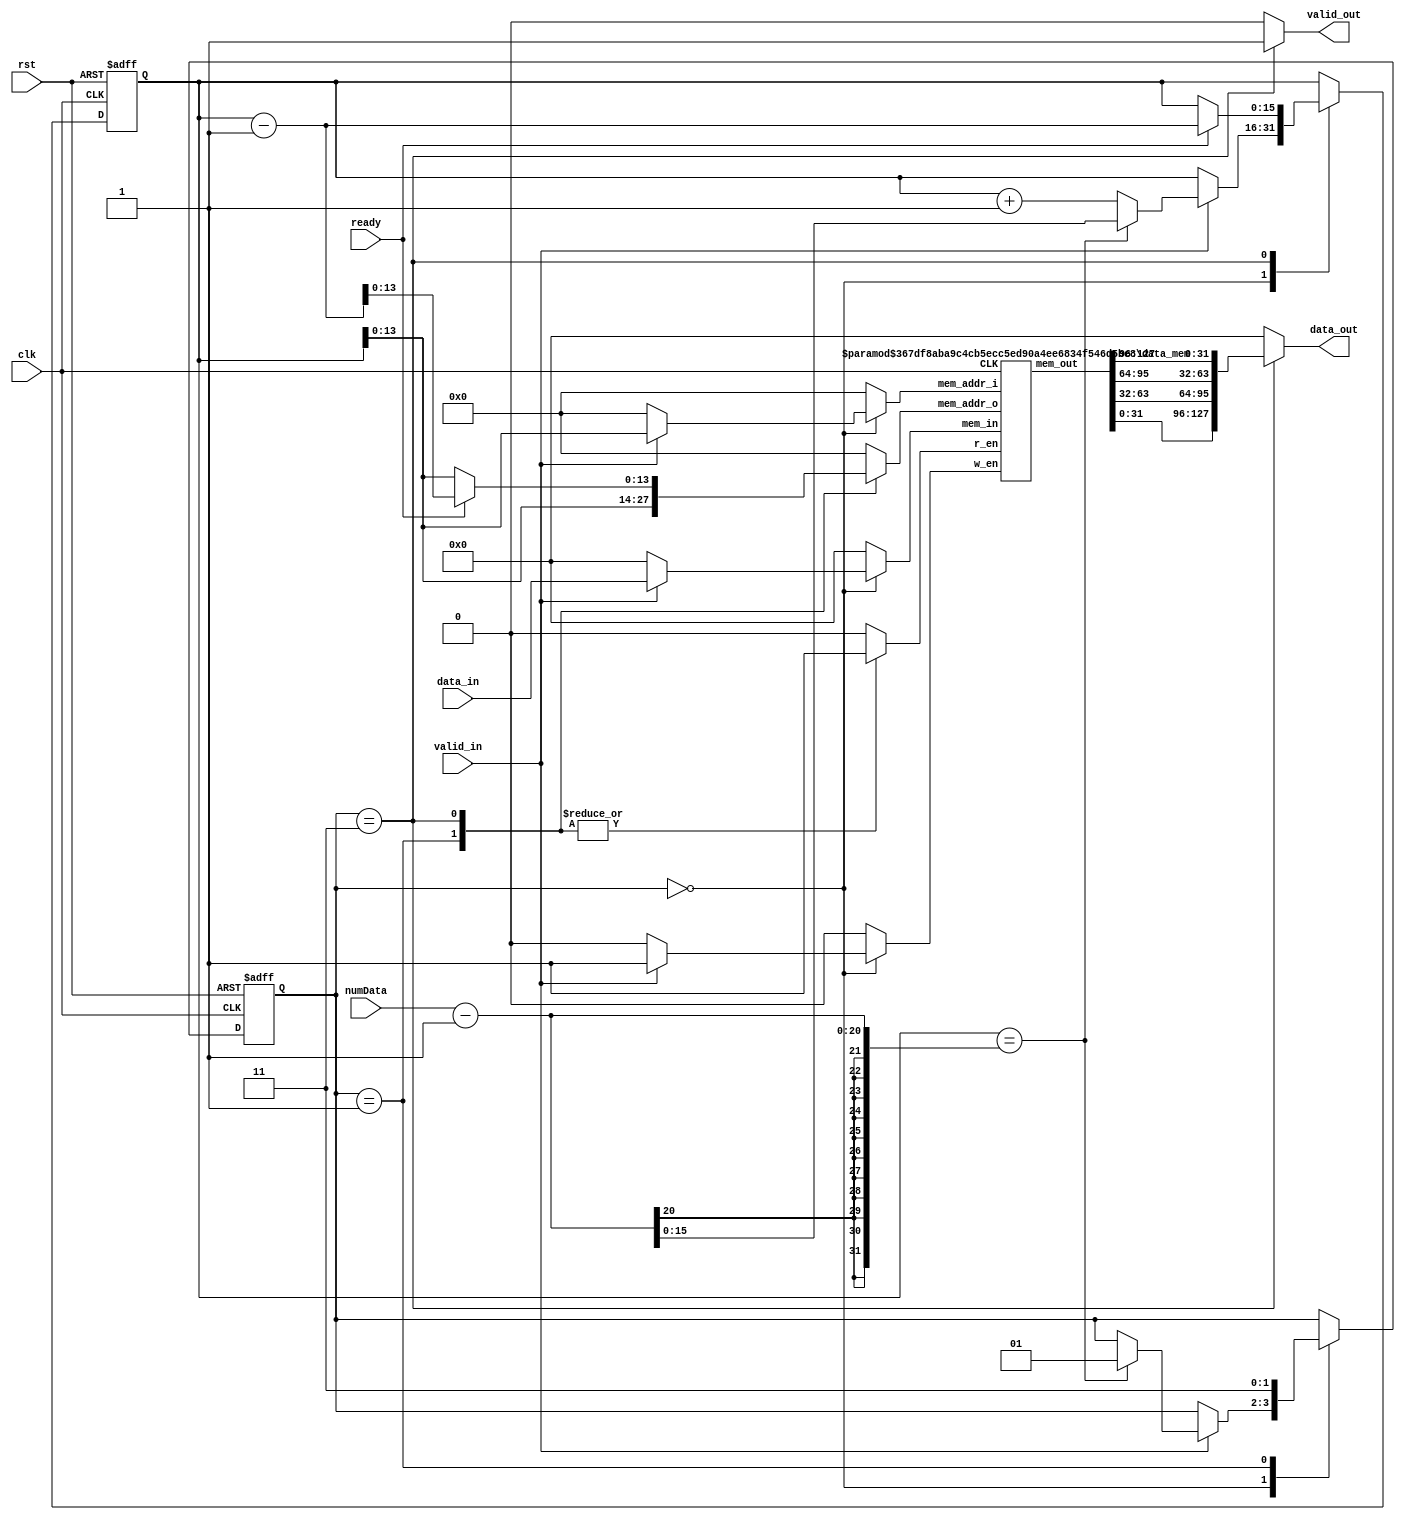
module bram_wrapper(clk, rst, data_in, valid_in, numData, data_out, valid_out, ready);

  /* ============================================ */
    input           	clk;
    input           	rst;
    input  [127:0]		data_in;
    input   		  	valid_in;
	input  [19:0]		numData;
    input   		  	ready;

    output reg [127:0]	data_out;
	output reg 			valid_out;
	  
	parameter NUM_OF_PAT = 65536/4;
	parameter MEM_ADDR_WIDTH = $clog2(NUM_OF_PAT);
	  
	parameter RECI = 2'b00;
	parameter TRAN = 2'b01;
	parameter SEND = 2'b11;
	  
	  
	reg  						UX_r_en;
	reg  [MEM_ADDR_WIDTH-1:0]	UX_in_addr;		//write in
	reg  [MEM_ADDR_WIDTH-1:0]	UX_out_addr;	//read out
	reg  					 	UX_w_en;
	reg  [127:0]  				UX_in;
	wire [127:0]  				UX_out;

    reg  [1:0]	state, state_nxt;
	reg [MEM_ADDR_WIDTH+1:0]	counter,  counter_nxt;
	reg [MEM_ADDR_WIDTH:0]		store_counter, store_counter_nxt;

  /* ============================================ */
    always@(*) begin
		UX_r_en   = 0;
		UX_in_addr  = 0;
		UX_out_addr = 0;
		UX_w_en   = 0;
		UX_in  = 128'd0;
		state_nxt = state;
		counter_nxt = counter;
		store_counter_nxt= store_counter;
		valid_out = 0;
		data_out  = 0;
		case(state)
			RECI: begin
				if(valid_in) begin
					counter_nxt = counter+1;
					UX_w_en = 1'b1;	//first (NUM_OF_PAT) data : a
					UX_in_addr = counter[MEM_ADDR_WIDTH-1:0];
					UX_in = data_in;
					if(counter==(numData-1)) begin
						state_nxt   = TRAN;
						counter_nxt = numData-1;
						//read from block RAM (for tran)
					end
				end
			end
			TRAN: begin
				UX_r_en     = 1;
				UX_out_addr = counter;
				state_nxt = SEND;
			end
			SEND: begin
				valid_out = 1;
				data_out  = {UX_out[31:0], UX_out[63:32], UX_out[95:64], UX_out[127:96]};
				//read from block RAM (for send)
				UX_r_en     = 1;
				UX_out_addr = counter[MEM_ADDR_WIDTH-1:0];
				if(ready) begin
					counter_nxt = counter-1;
					UX_out_addr = counter_nxt[MEM_ADDR_WIDTH-1:0];
				end
			end
        endcase
    end

  /* ============================================ */
    always@(posedge clk or posedge rst)
    begin
        if (rst) begin
			state 	<= RECI;
			counter <= 0;
			store_counter <= 0;
		end
        else begin
			state 	<= state_nxt;
			counter <= counter_nxt;
			store_counter <= store_counter_nxt;
        end
    end
  /* ============================================ */  
  
    data_mem #(128, MEM_ADDR_WIDTH) data_a_mem (
		.CLK(clk), 
		.w_en       (UX_w_en ), 
		.mem_in     (UX_in), 
		.mem_addr_i (UX_in_addr), 
		.r_en       (UX_r_en  ), 
		.mem_out    (UX_out),
		.mem_addr_o (UX_out_addr)
	);

endmodule

//==============================================================================//

// Quartus II Verilog Template
// True Dual Port RAM with single clock
module data_mem
#(parameter DATA_WIDTH=128, parameter ADDR_WIDTH=7)
(
	input [(DATA_WIDTH-1):0] mem_in,
	// input [(DATA_WIDTH-1):0] data_b,
	input [(ADDR_WIDTH-1):0] mem_addr_i, mem_addr_o,
	input w_en, r_en, CLK,
	// output reg [(DATA_WIDTH-1):0] q_a,
	output reg [(DATA_WIDTH-1):0] mem_out
);

	// Declare the RAM variable
	reg [DATA_WIDTH-1:0] ram[2**ADDR_WIDTH-1:0];

	// Port A 
	always @ (posedge CLK)
	begin
		if (w_en) begin
			ram[mem_addr_i] <= mem_in;
		end 
	end 

	// Port B 
	always @ (posedge CLK)
	begin
		if (r_en) begin
			mem_out <= ram[mem_addr_o];
		end 
	end

endmodule